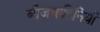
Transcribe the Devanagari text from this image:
बीजवाहिनियाँ